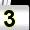
Digit: 3